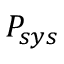
P _ { s y s }